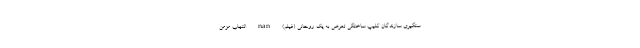
ستگیری سازندگان کلیپ ساختگی تعرض به یک روحانی (فیلم) nan التهاب مزمن